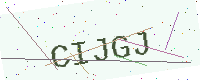
Text: CIJGJ